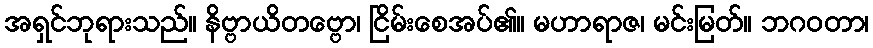
အရှင်ဘုရားသည်။ နိဗ္ဗာယိတဗ္ဗော၊ ငြိမ်းစေအပ်၏။ မဟာရာဇ၊ မင်းမြတ်။ ဘဂဝတာ၊